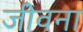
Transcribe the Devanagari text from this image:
जीवना